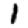
Digit: 1